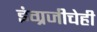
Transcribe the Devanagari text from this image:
इंग्रजीचेही